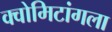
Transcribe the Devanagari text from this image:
क्वोमिटांगला